65_HS1-834228961_62-HQ-83894_Section_1
Agency: FBI
Page 56
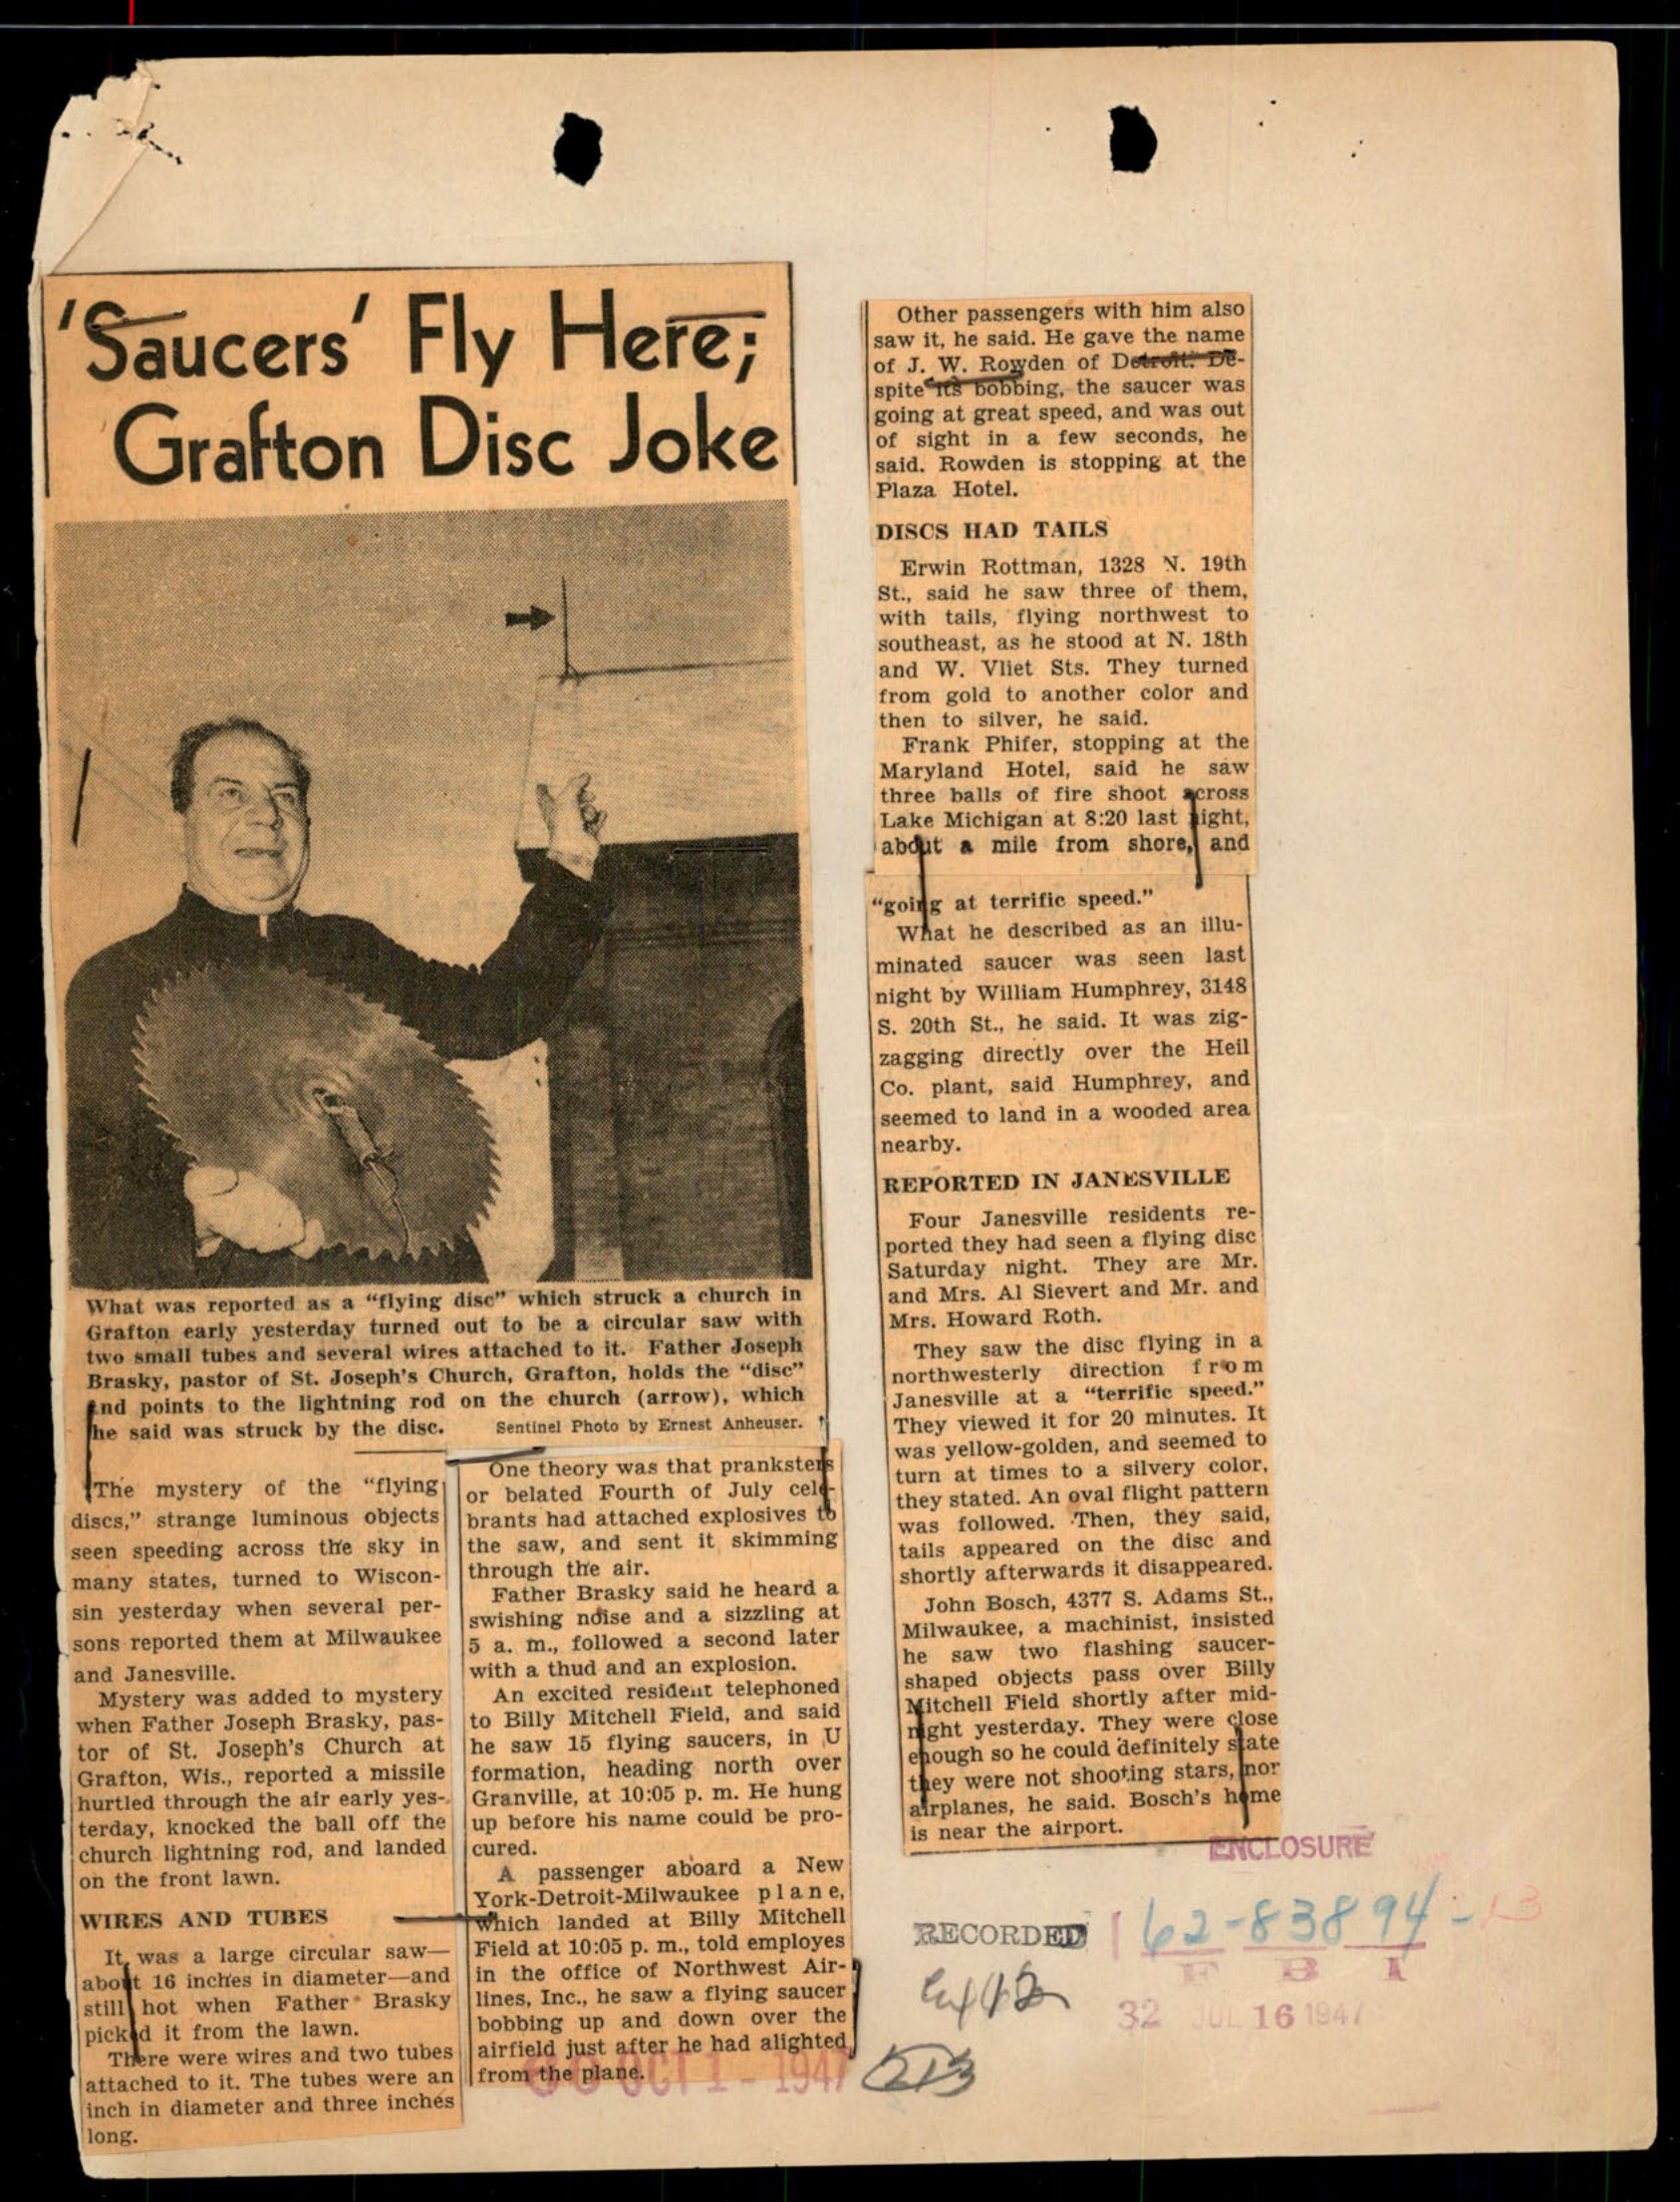